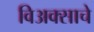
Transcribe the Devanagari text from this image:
विअक्साचे